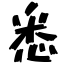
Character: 悉